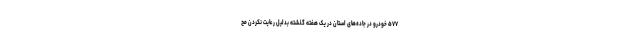
۵۷۷ خودرو در جاده‌های استان در یک هفته گذشته بدلیل رعایت نکردن مح